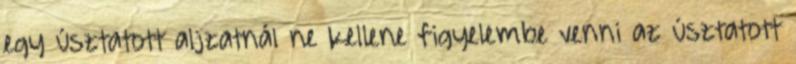
egy úsztatott aljzatnál ne kellene figyelembe venni az úsztatott